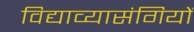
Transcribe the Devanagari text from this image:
विद्याव्यासंगियों